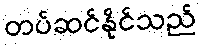
တပ်ဆင်နိုင်သည်